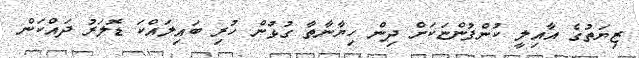
ޒިޔަތުގެ އާއިލީ ކުންފުންޏަކަށް ދިން ހިޔާނާތާ ގުޅުން ހުރި ބައިލައްކަ ޑޮލަރު ދައްކަން